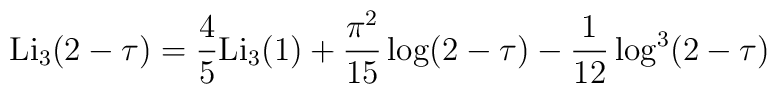
{\rm Li}_3 (2-\tau) = \frac{4}{5} {\rm Li}_3 ( 1)+ \frac{\pi^2}{15}\log(2-\tau) - \frac{1}{12} \log^3 (2-\tau )